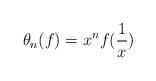
LaTeX: \begin{align*}\theta_n(f) = x^n f(\frac 1x)\end{align*}